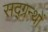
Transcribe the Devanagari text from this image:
सद्ग्रन्थों